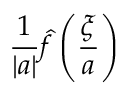
{ \frac { 1 } { | a | } } { \hat { f } } \left( { \frac { \xi } { a } } \right)